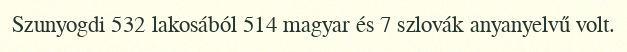
Szunyogdi 532 lakosából 514 magyar és 7 szlovák anyanyelvű volt.